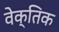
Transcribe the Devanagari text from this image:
वेक्तिक